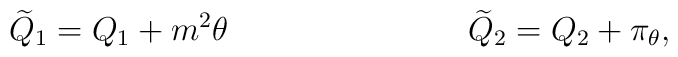
{\widetilde Q_1} = Q_1 + m^2 \theta \hspace{1.2in} {\widetilde Q_2} = Q_2 + \pi_{\theta},